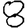
Digit: 8